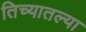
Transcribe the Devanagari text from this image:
तिच्यातल्या